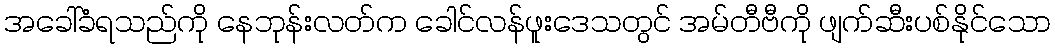
အခေါ်ခံရသည်ကို နေဘုန်းလတ်က ခေါင်လန်ဖူးဒေသတွင် အမ်တီဗီကို ဖျက်ဆီးပစ်နိုင်သော